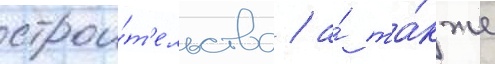
строи́т'ельства / а́ та́кже